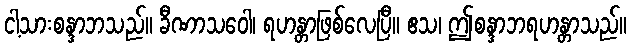
ငါ့သားစန္ဒာဘသည်။ ခီဏာသဝေါ၊ ရဟန္တာဖြစ်လေပြီ။ ဧသ၊ ဤစန္ဒာဘရဟန္တာသည်။